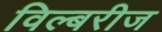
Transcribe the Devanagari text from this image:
विल्बरीज